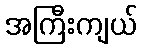
အကြီးကျယ်